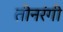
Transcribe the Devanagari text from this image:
तीनरंगी